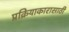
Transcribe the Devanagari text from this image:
प्रक्रियाकारासाठी